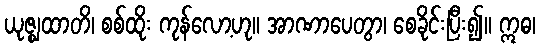
ယုဇ္ဈထာတိ၊ စစ်ထိုး ကုန်လော့ဟု။ အာဏာပေတွာ၊ စေခိုင်းပြီး၍။ ဣဓ၊